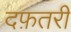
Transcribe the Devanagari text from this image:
दफ़तरी